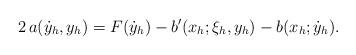
LaTeX: \begin{align*} 2\,a(\dot{y}_h, y_h) = F(\dot{y}_h) - b'(x_h; \xi_h, y_h) - b(x_h; \dot{y}_h). \end{align*}